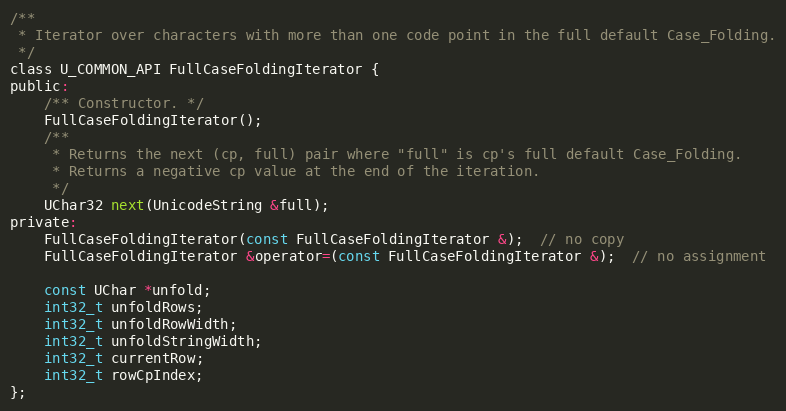
Language: C
/**
 * Iterator over characters with more than one code point in the full default Case_Folding.
 */
class U_COMMON_API FullCaseFoldingIterator {
public:
    /** Constructor. */
    FullCaseFoldingIterator();
    /**
     * Returns the next (cp, full) pair where "full" is cp's full default Case_Folding.
     * Returns a negative cp value at the end of the iteration.
     */
    UChar32 next(UnicodeString &full);
private:
    FullCaseFoldingIterator(const FullCaseFoldingIterator &);  // no copy
    FullCaseFoldingIterator &operator=(const FullCaseFoldingIterator &);  // no assignment

    const UChar *unfold;
    int32_t unfoldRows;
    int32_t unfoldRowWidth;
    int32_t unfoldStringWidth;
    int32_t currentRow;
    int32_t rowCpIndex;
};